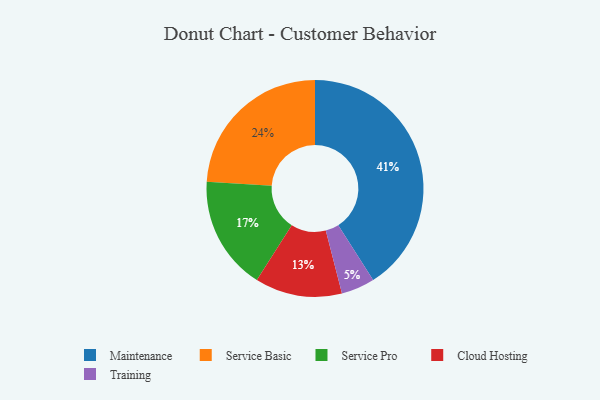
{"axis": {"x": "Category", "y": "Percentage"}, "legend": ["Cloud Hosting", "Maintenance", "Service Basic", "Service Pro", "Training"], "data": [{"x": "Service Basic", "y": 24, "type": "Service Basic"}, {"x": "Cloud Hosting", "y": 13, "type": "Cloud Hosting"}, {"x": "Service Pro", "y": 17, "type": "Service Pro"}, {"x": "Maintenance", "y": 41, "type": "Maintenance"}, {"x": "Training", "y": 5, "type": "Training"}]}